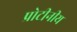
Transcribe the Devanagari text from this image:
प्रोटीनीय